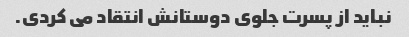
نباید از پسرت جلوی دوستانش انتقاد می کردی.